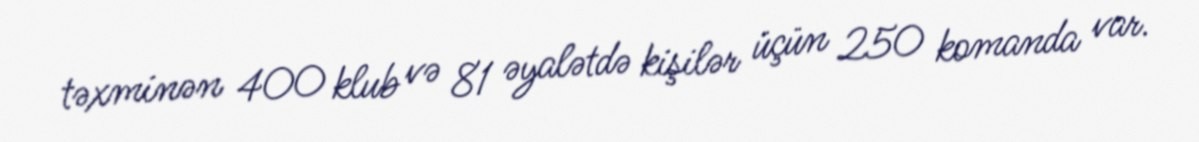
təxminən 400 klub və 81 əyalətdə kişilər üçün 250 komanda var.